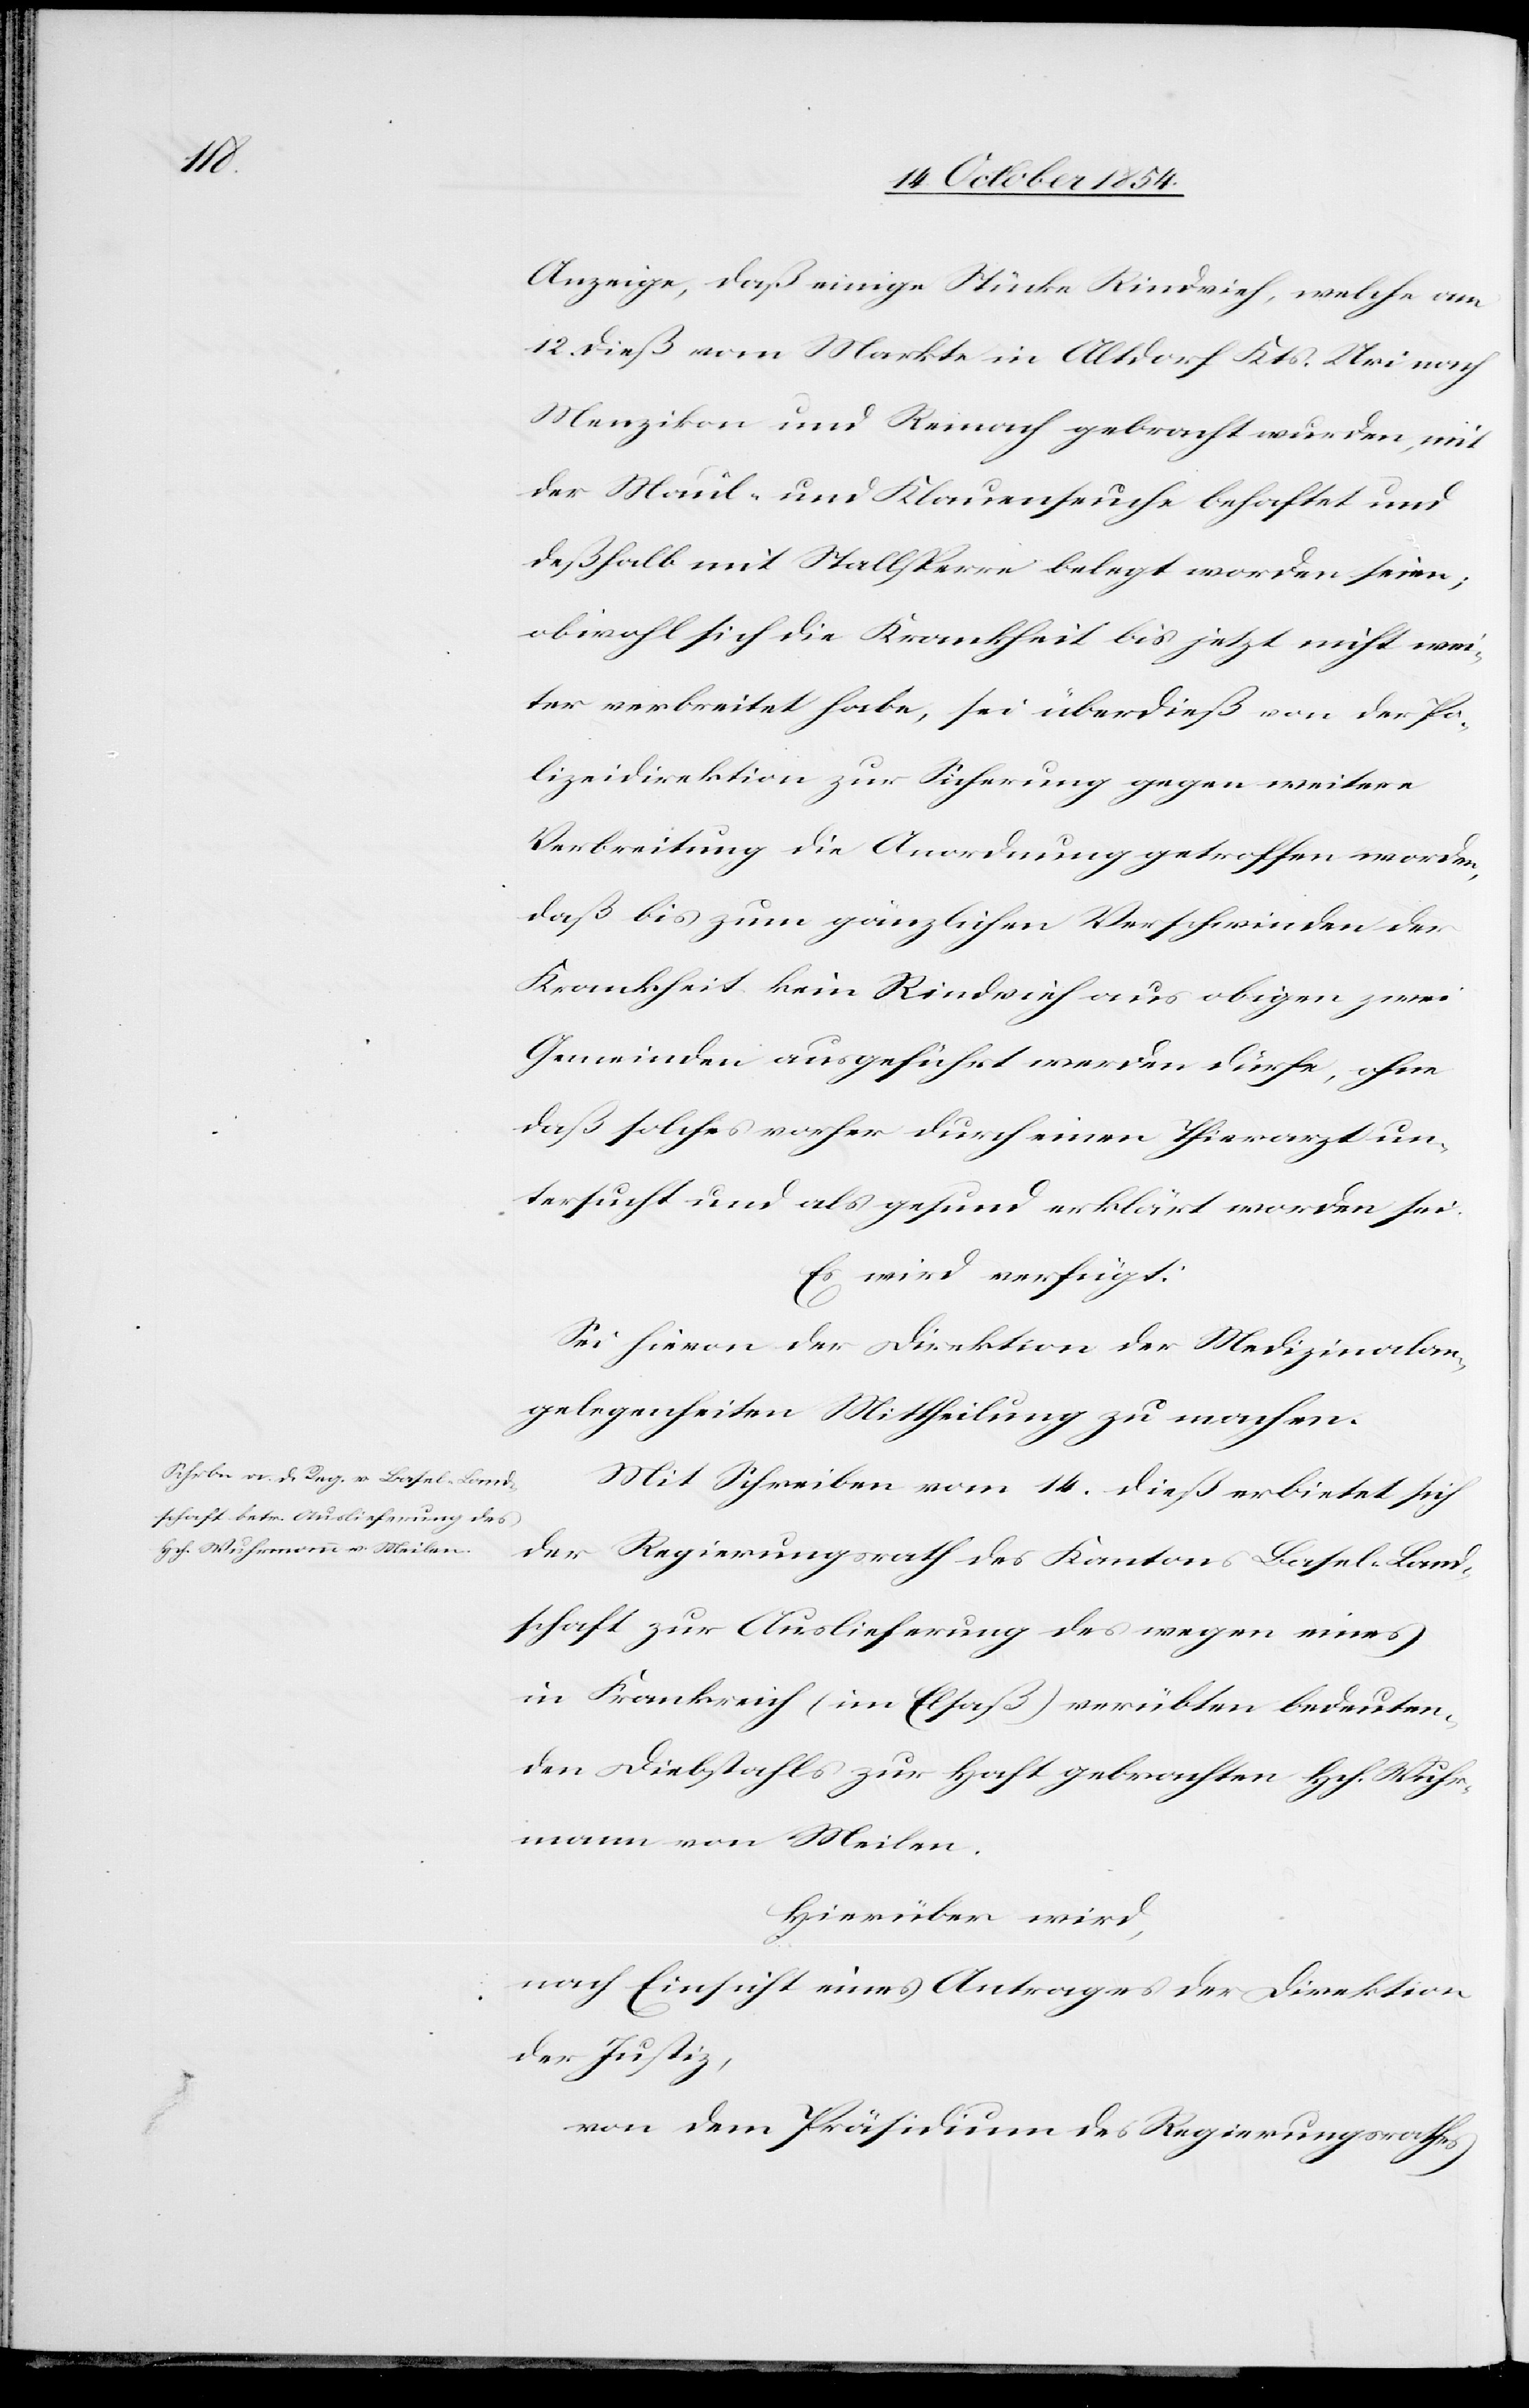
19. October 1854.]
Anzeige, daß einige Stücke Rindvieh, welche am
12. dieß vom Markte in Altdorf Kts. Uri nach
Menzikon und Reinach gebracht wurden, mit
der Maul- und Klauenseuche behaftet und
deßhalb mit Stallsperre belegt worden seien;
obwohl sich die Krankheit bis jetzt nicht wei¬
ter verbreitet habe, sei überdieß von der Po¬
lizeidirektion zur Sicherung gegen weitere
Verbreitung die Anordnung getroffen worden,
daß bis zum gänzlichen Verschwinden der
Krankheit kein Rindvieh aus obigen zwei
Gemeinden ausgeführt werden dürfe, ohne
daß solche vorher durch einen Thierarzt un¬
tersucht und als gesund erklärt worden sei.
Es wird verfügt:
Sei hievon der Direktion der Medizinalan¬
gelegenheiten Mittheilung zu machen.
Mit Schreiben vom 14. dieß erbietet sich
der Regierungsrath des Kantons Basel-Land¬
schaft zur Auslieferung des wegen eines
in Frankreich (im Elsaß) verübten bedeuten¬
den Diebstahls zur Haft gebrachten Hch. Wuhr¬
mann von Meilen.
Hierüber wird,
nach Einsicht eines Antrages der Direktion
der Justiz,
von dem Präsidium des Regierungsrathes